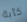
كآبة